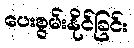
ပေးစွမ်းနိုင်ခြင်း